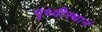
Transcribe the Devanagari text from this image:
पृथ्वीस्थानं